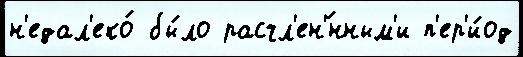
н'едал'еко́ бы́ло расчл'ен'́нным'и п'ер'и́од